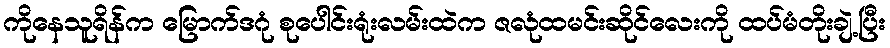
ကိုနေသူရိန်က မြောက်ဒဂုံ စုပေါင်းရုံးလမ်းထဲက ဇလုံထမင်းဆိုင်လေးကို ထပ်မံတိုးချဲ့ပြီး